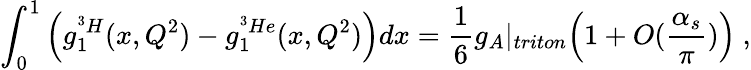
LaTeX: \int_{0}^{1}\Big(g_{1}^{^3H}(x,Q^{2})-g_{1}^{^3He}(x,Q^{2})\Big)dx=\frac{1}{6}g_{A}|_{triton}\Big(1+O(\frac{\alpha_{s}}{\pi})\Big)\ ,